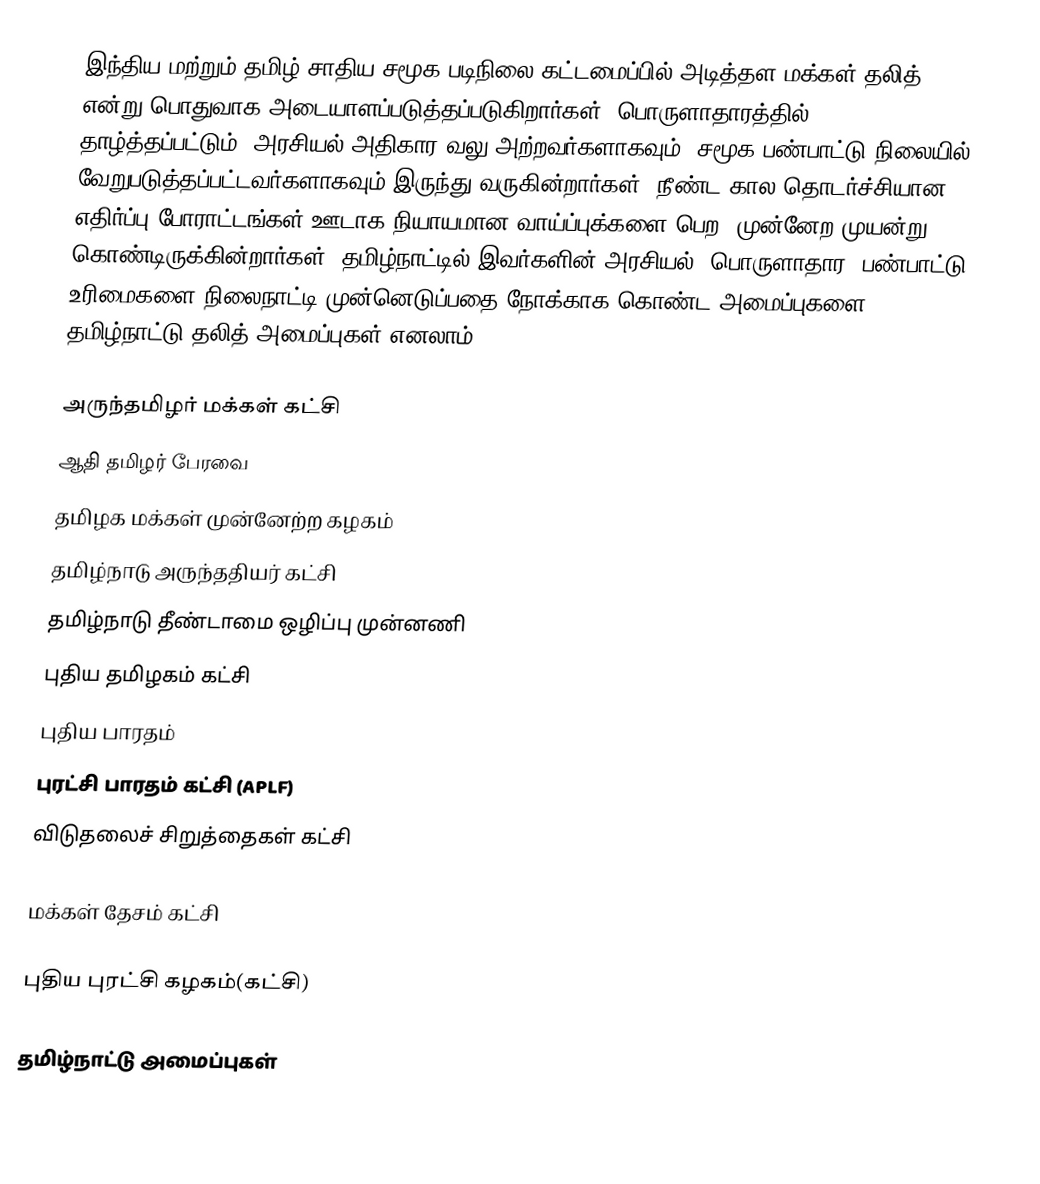
இந்திய மற்றும் தமிழ் சாதிய சமூக படிநிலை கட்டமைப்பில் அடித்தள மக்கள் தலித் என்று பொதுவாக அடையாளப்படுத்தப்படுகிறார்கள்.  பொருளாதாரத்தில் தாழ்த்தப்பட்டும், அரசியல் அதிகார வலு அற்றவர்களாகவும், சமூக பண்பாட்டு நிலையில் வேறுபடுத்தப்பட்டவர்களாகவும் இருந்து வருகின்றார்கள்.  நீண்ட கால தொடர்ச்சியான எதிர்ப்பு போராட்டங்கள் ஊடாக நியாயமான வாய்ப்புக்களை பெற, முன்னேற முயன்று கொண்டிருக்கின்றார்கள். தமிழ்நாட்டில் இவர்களின் அரசியல், பொருளாதார, பண்பாட்டு உரிமைகளை நிலைநாட்டி முன்னெடுப்பதை நோக்காக கொண்ட அமைப்புகளை தமிழ்நாட்டு தலித் அமைப்புகள் எனலாம்.

அருந்தமிழர் மக்கள் கட்சி
 ஆதி தமிழர் பேரவை
தமிழக மக்கள் முன்னேற்ற கழகம்
தமிழ்நாடு அருந்ததியர் கட்சி
தமிழ்நாடு தீண்டாமை ஒழிப்பு முன்னணி
புதிய தமிழகம் கட்சி
 புதிய பாரதம்
புரட்சி பாரதம் கட்சி (APLF)
 விடுதலைச் சிறுத்தைகள் கட்சி

 மக்கள் தேசம் கட்சி

 புதிய புரட்சி கழகம்(கட்சி)

தமிழ்நாட்டு அமைப்புகள்